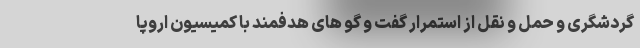
گردشگری و حمل و نقل از استمرار گفت و گو های هدفمند با کمیسیون اروپا